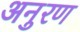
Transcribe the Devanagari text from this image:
अनुरण